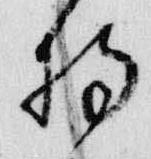
持